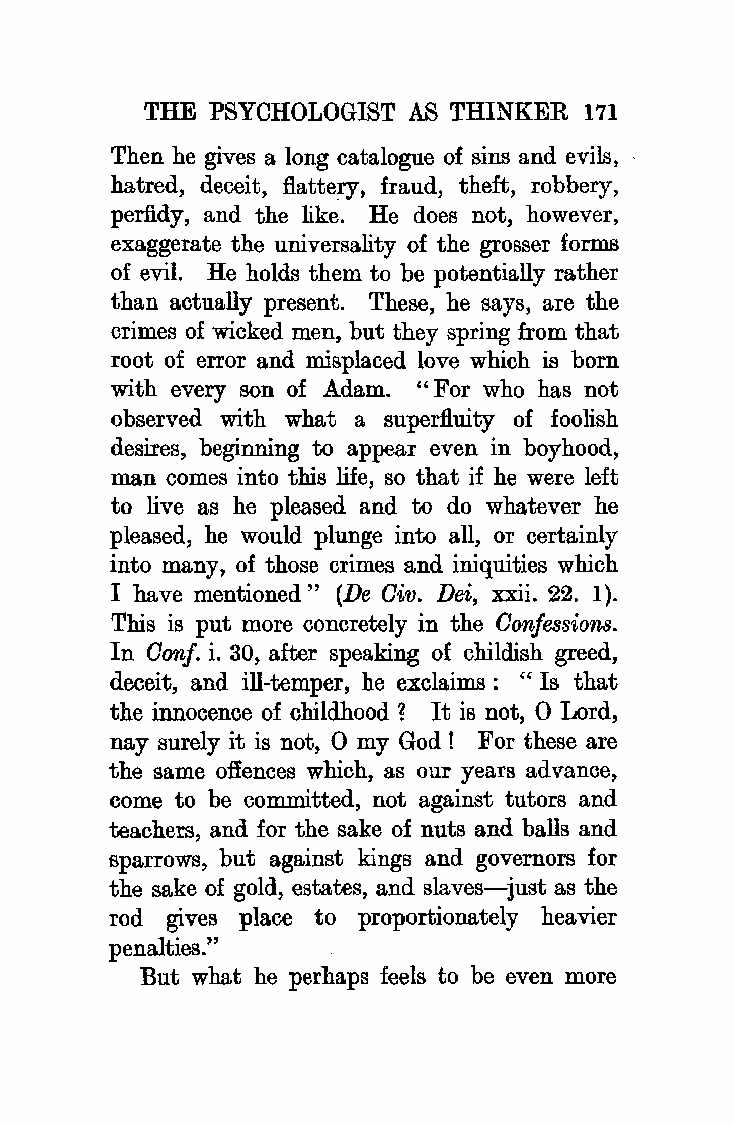
THE PSYCHOLOGIST AS THINKER  171
 Then he gives a long catalogue of sins and evils,
 hatred, deceit, flattery, fraud, theft, robbery,
 perfidy, and the like. He does not, however,
 exaggerate the universality of the grosser forms
 of evil. He holds them to be potentially rather
 than actually present. These, he says, are the
 crimes of wicked men, but they spring from that
 root of error and misplaced love which is born
 with every son of Adam. "For who has not
 observed with what a superfluity of foolish
 desires, beginning to appear even in boyhood,
 man comes into this life, so that if he were left
 to live as he pleased and to do whatever he
 pleased, he would plunge into all, or certainly
 into many, of those crimes and iniquities which
 I have mentioned " (De Oiv. Dei, xxii. 22. 1 ).
 This is put more concretely in the Oonfe ssions.
 In Oonf. i. 30, after speaking of childish greed,
 deceit, and ill-temper, he exclaims : "Is that
 the innocence of childhood ? It is not, 0 Lord,
 nay surely it is not, 0 my God! For these are
 the same offences which, as our years advance,
 come to be committed, not against tutors and
 teachers, and for the sake of nuts and balls and
 sparrows, but against kings and governors for
 the sake of gold, estates, and slaves-just as the
 rod gives place to proportionately heavier
 penalties."
 But. what he perhaps feels to be even more